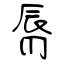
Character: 脣